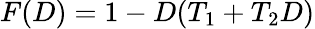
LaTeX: F(D)=1-D(T_{1}+T_{2}D)